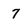
Character: 7